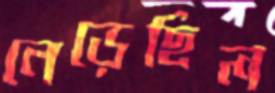
নেড়েছিল